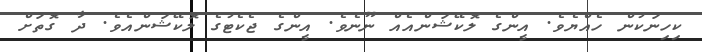
ކިހިނަކުން ހެއްޔެވެ. އީންގެ ލޮކޭޝަންއެއް ނޫނެވެ. އީންގެ ޖެކެޓުގެ ލޮކޭޝަންއެވެ. ދާ ގޮތަށް